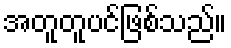
အတူတူပင်ဖြစ်သည်။